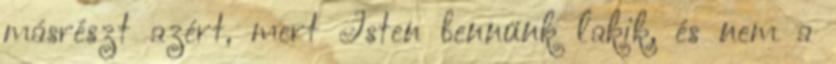
másrészt azért, mert Isten bennünk lakik, és nem a